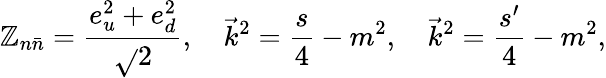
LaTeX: \mathbb{Z}_{n\bar{{n}}}=\frac{{e_{u}^{2}+e_{d}^{2}}}{{\sqrt{}{2}}},\quad\vec{{k}}^{2}=\frac{s}{4}-m^{2},\quad\vec{{k}}^{2}=\frac{{s^{\prime}}}{4}-m^{2},